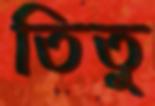
তিতু